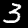
Label: 3